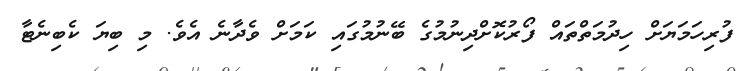
ފުރިހަމަޔަށް ހިދުމަތްތައް ފޯރުކޮށްދިނުމުގެ ބޭނުމުގައި ކަމަށް ވެދާނެ އެވެ. މި ބިޔަ ކެބިނެޓާ